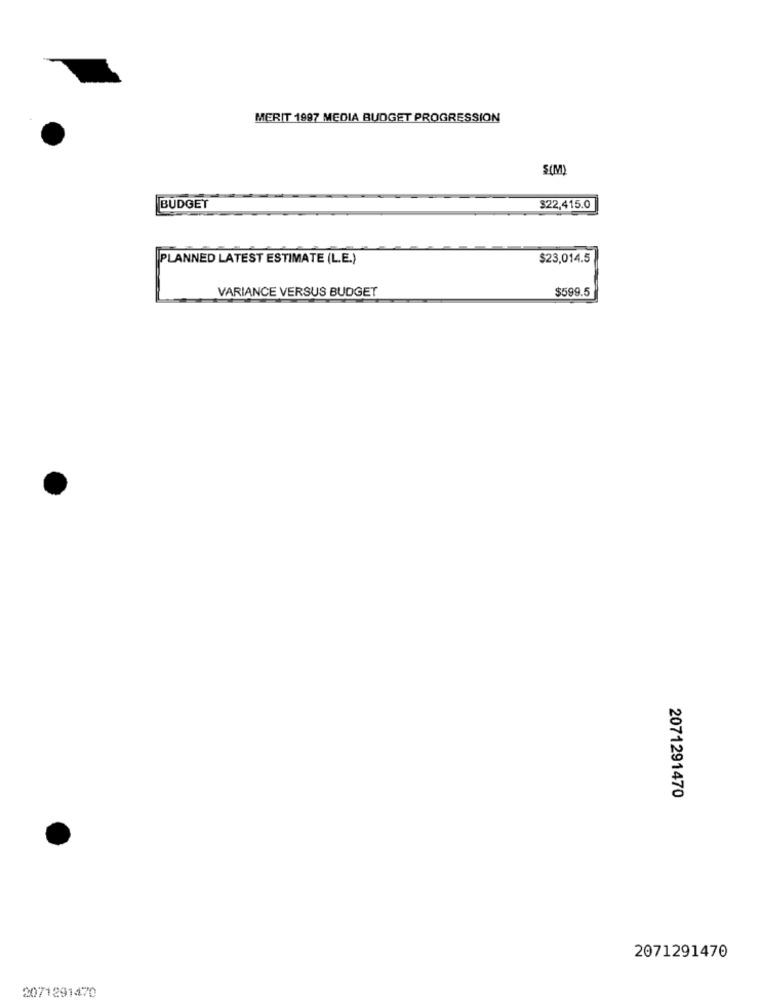
MERIT 1997 MEDIA BUDGET PROGRESSION
S(M)
BUDGET
$22,415.0
PLANNED LATEST ESTIMATE (L.E.)
$23,014.5
VARIANCE VERSUS BUDGET
$599.5
2071291470
2071291470
2071291470